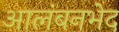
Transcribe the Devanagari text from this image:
आलंबनभेद